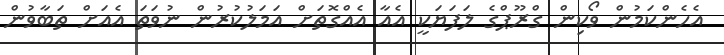
އެހެންކަމުން ވޯކިން ގްރޫޕްގެ ލަފަޔަކީ އެއާ އެއްގޮތަށް އަމަލުކުރުން ނުވަތަ އެއަށް ތަބާވުން